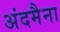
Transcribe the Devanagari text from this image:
अंदमैना